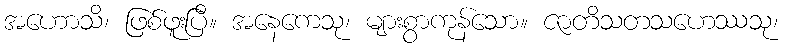
အဟောသိ၊ ဖြစ်ဖူးပြီ။ အနေကေသု၊ များစွာကုန်သော။ ဇာတိသတသဟေဿသု၊